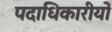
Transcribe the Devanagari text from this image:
पदाधिकारीयों